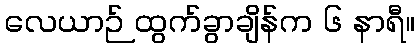
လေယာဉ် ထွက်ခွာချိန်က ၆ နာရီ။